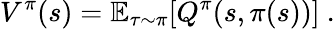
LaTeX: V^{\pi}(s)=\mathbb{E}_{\tau\sim\pi}[Q^{\pi}(s,\pi(s))]~.